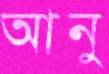
আনু